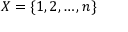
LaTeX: X = \{ 1 , 2 , \ldots , n \}